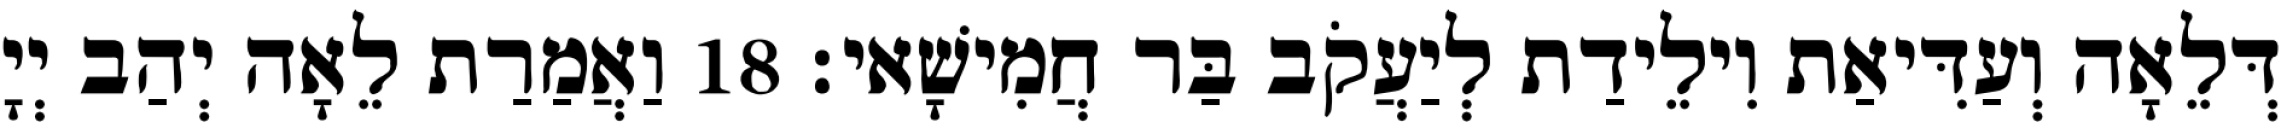
דְּלֵאָה וְעַדִּיאַת וִילֵידַת לְיַעֲקֹב בַּר חֲמִישָׁאי׃ 18 וַאֲמַרַת לֵאָה יְהַב יְיָ